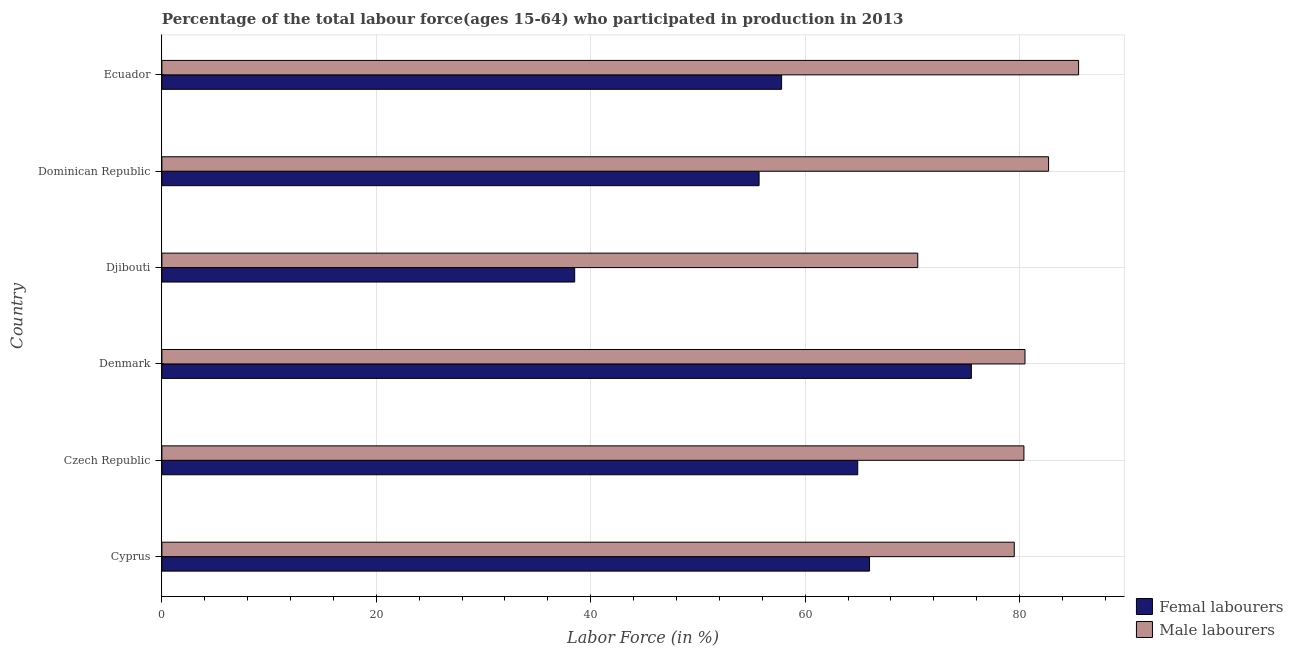
| Country | Femal labourers | Male labourers |
 | --- | --- | --- |
 | Cyprus | 66 | 79.5 |
 | Czech Republic | 64.9 | 80.4 |
 | Denmark | 75.5 | 80.5 |
 | Djibouti | 38.5 | 70.5 |
 | Dominican Republic | 55.7 | 82.7 |
 | Ecuador | 57.8 | 85.5 |